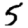
Digit: 5